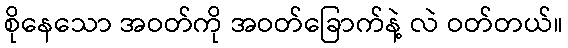
စိုနေသော အဝတ်ကို အဝတ်ခြောက်နဲ့ လဲ ဝတ်တယ်။